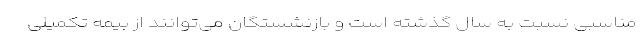
مناسبی نسبت به سال گذشته است و بازنشستگان می‌توانند از بیمه تکمیلی